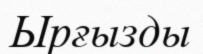
Ырғызды